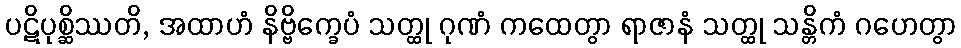
ပဋိပုစ္ဆိဿတိ, အထာဟံ နိဗ္ဗိက္ခေပံ သတ္ထု ဂုဏံ ကထေတွာ ရာဇာနံ သတ္ထု သန္တိကံ ဂဟေတွာ